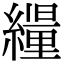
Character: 𦆊